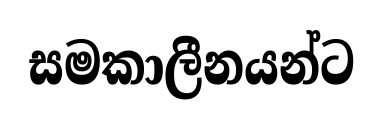
සමකාලීනයන්ට